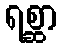
ရစ္ဆာ